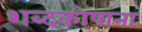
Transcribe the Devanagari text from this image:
शब्दकोषांना